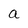
Character: a